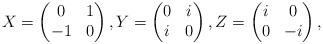
LaTeX: \begin{align*}X= \begin{pmatrix} 0 & 1 \\ -1 & 0 \end{pmatrix},Y= \begin{pmatrix} 0 & i \\ i & 0 \end{pmatrix},Z= \begin{pmatrix} i & 0 \\ 0 & -i \end{pmatrix},\end{align*}